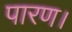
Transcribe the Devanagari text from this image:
पारण।